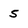
Character: 5